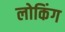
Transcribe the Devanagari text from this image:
लोकिंग